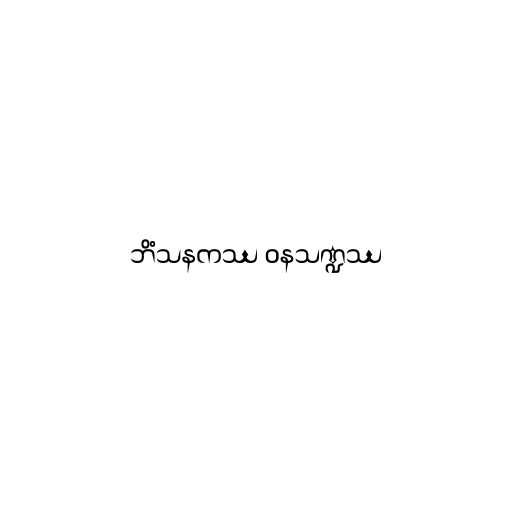
ဘိံသနကဿ ဝနသဏ္ဍဿ